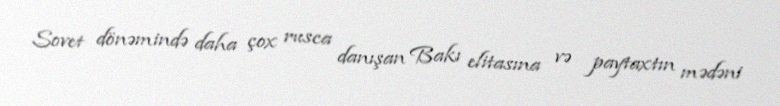
Sovet dönəmində daha çox rusca danışan Bakı elitasına və paytaxtın mədəni